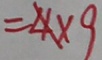
= 4 \times 9